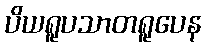
ပိယရူပသာတရူပေန